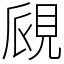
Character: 覛